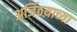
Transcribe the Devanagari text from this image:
अजिंठय़ाच्या